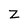
Character: z